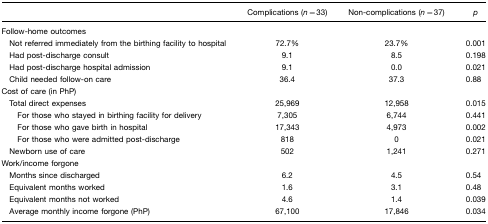
|  | Complications (n=33) | Non-complications (n=37) | p |
 | --- | --- | --- | --- |
 | Follow-home outcomes |  |  |  |
 | Not referred immediately from the birthing facility to hospital | 72.7% | 23.7% | 0.001 |
 | Had post-discharge consult | 9.1 | 8.5 | 0.198 |
 | Had post-discharge hospital admission | 9.1 | 0.0 | 0.021 |
 | Child needed follow-on care | 36.4 | 37.3 | 0.88 |
 | Cost of care (in PhP) |  |  |  |
 | Total direct expenses | 25,969 | 12,958 | 0.015 |
 | For those who stayed in birthing facility for delivery | 7,305 | 6,744 | 0.441 |
 | For those who gave birth in hospital | 17,343 | 4,973 | 0.002 |
 | For those who were admitted post-discharge | 818 | 0 | 0.021 |
 | Newborn use of care | 502 | 1,241 | 0.271 |
 | Work/income forgone |  |  |  |
 | Months since discharged | 6.2 | 4.5 | 0.54 |
 | Equivalent months worked | 1.6 | 3.1 | 0.48 |
 | Equivalent months not worked | 4.6 | 1.4 | 0.039 |
 | Average monthly income forgone (PhP) | 67,100 | 17,846 | 0.034 |